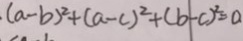
( a - b ) ^ { 2 } + ( a - c ) ^ { 2 } + ( b - c ) ^ { 2 } = 0 .